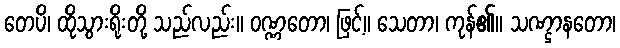
တေပိ၊ ထိုသွားရိုးတို့ သည်လည်း။ ဝဏ္ဏတော၊ ဖြင့်။ သေတာ၊ ကုန်၏။ သဏ္ဌာနတော၊